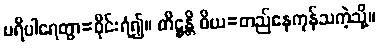
ပရိပါရေတွာ=ဝိုင်းရံ၍။ တိဋ္ဌန္တိ ဝိယ=တည်နေကုန်သကဲ့သို့။